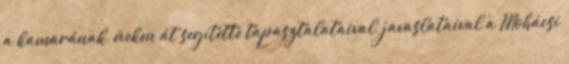
a kamarának, éveken át segítette tapasztalataival, javaslataival a Mohácsi